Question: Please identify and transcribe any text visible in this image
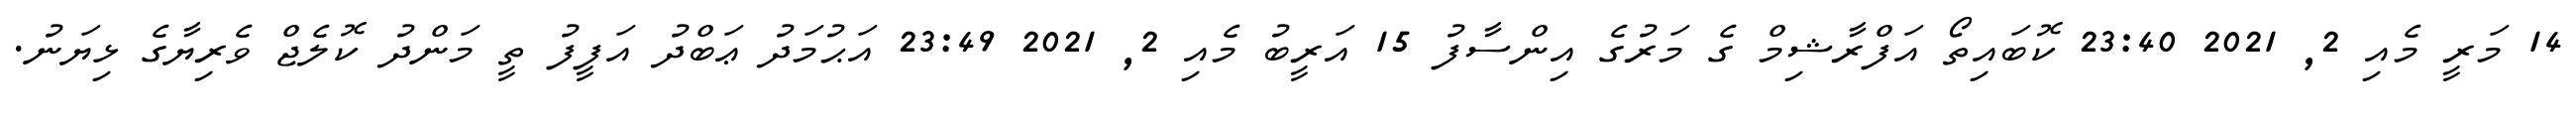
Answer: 14 މަރީ މެއި 2, 2021 23:40 ކޮބައިތޯ އަފްރާޝިމް ގެ މަރުގެ އިންސާފު 15 އަރީބު މެއި 2, 2021 23:49 އަޙުމަދު ޢަބްދު އަފީފު ތީ މަންދު ކޮލެޖް ވެރިޔާގެ ޅިޔަނު.